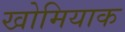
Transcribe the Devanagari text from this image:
खोमियाक